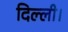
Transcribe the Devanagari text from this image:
दिल्‍ली।